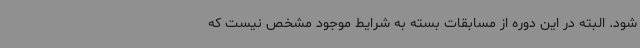
شود. البته در این دوره از مسابقات بسته به شرایط موجود مشخص نیست که